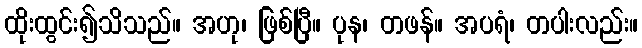
ထိုးထွင်း၍သိသည်။ အဟု၊ ဖြစ်ပြီ။ ပုန၊ တဖန်။ အပရံ၊ တပါးလည်း။